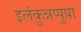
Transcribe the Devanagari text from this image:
इलंकुन्नप्पुष़ा